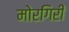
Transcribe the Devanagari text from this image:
मोरगिरी